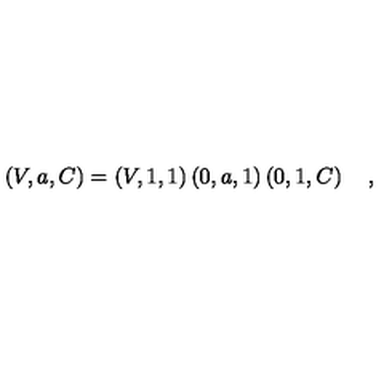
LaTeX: \left( V , a , C \right) = \left( V , 1 , 1 \right) \left( 0 , a , 1 \right) \left( 0 , 1 , C \right) \quad ,